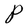
Character: P